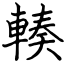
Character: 輳